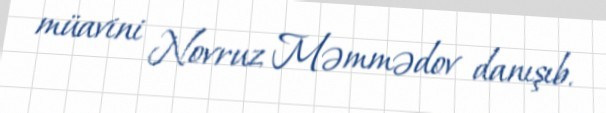
müavini Novruz Məmmədov danışıb.